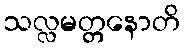
သလ္လမတ္တနောတိ